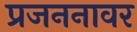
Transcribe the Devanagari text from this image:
प्रजननावर